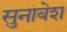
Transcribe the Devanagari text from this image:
सुनाबेश